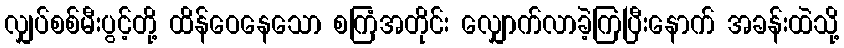
လျှပ်စစ်မီးပွင့်တို့ ထိန်ဝေနေသော စကြံအတိုင်း လျှောက်လာခဲ့ကြပြီးနောက် အခန်းထဲသို့